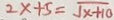
2 x + 5 = \sqrt { x + 1 0 }